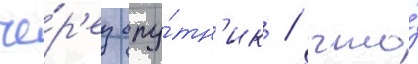
че́р'ез спу́тн'ик / что́